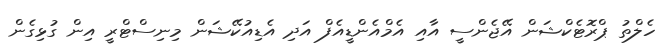
ހެލްތު ޕްރޮޓެކްޝަން އޭޖެންސީ އާއި އެމްއެންޑީއެފް އަދި އެޑިއުކޭޝަން މިނިސްޓްރީ އިން ގުޅިގެން